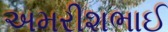
અમરીશભાઈ